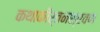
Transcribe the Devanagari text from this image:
कथाकीर्तनश्रवण